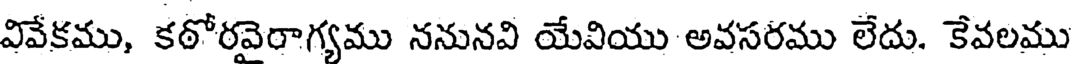
వివేకము, కఠోరవైరాగ్యము ననునవి యేవియు అవసరము లేదు. కేవలము